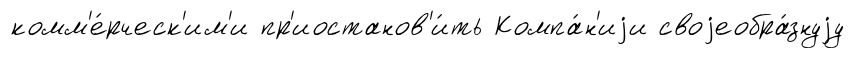
комм'е́рческ'им'и пр'иостанов'и́ть Компа́н'иjи своjеобра́знуjу